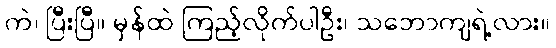
ကဲ၊ ပြီးပြီ။ မှန်ထဲ ကြည့်လိုက်ပါဦး၊ သဘောကျရဲ့လား။